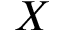
X